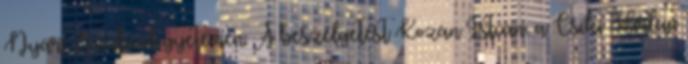
Nyári Szabadegyetemen. A beszélgetést Kozán István, a Csíki Hírlap